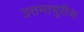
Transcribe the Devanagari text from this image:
उत्तमापुरीस